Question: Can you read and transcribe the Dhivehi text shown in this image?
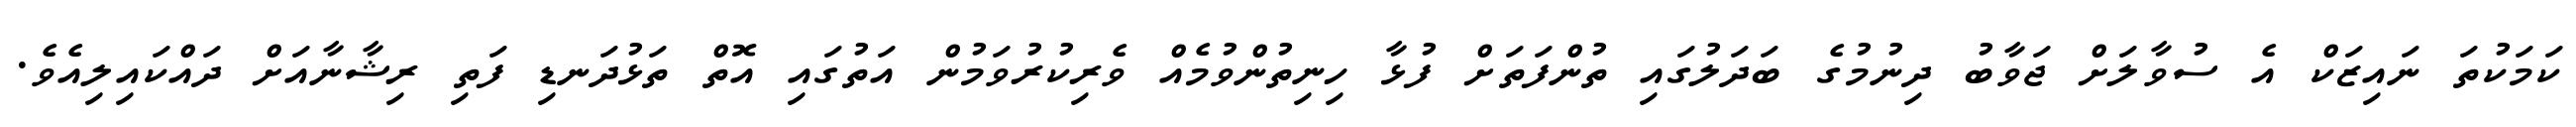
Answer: ކަމަކުތަ ނައިޒަކް އެ ސުވާލަށް ޖަވާބު ދިނުމުގެ ބަދަލުގައި ތުންފަތަށް ފުޅާ ހިނިތުންވުމެއް ވެރިކުރުވަމުން އަތުގައި އޮތް ތަޅުދަނޑި ފަތި ރިޝާނާއަށް ދައްކައިލިއެވެ.